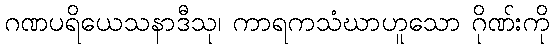
ဂဏပရိယေသနာဒီသု၊ ကာရကသံဃာဟူသော ဂိုဏ်းကို